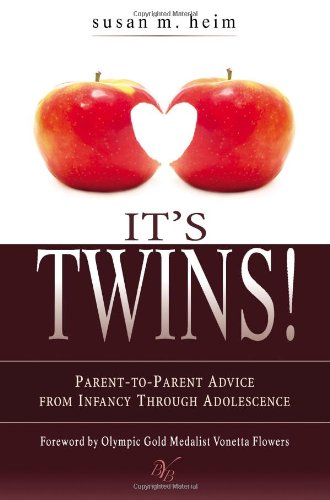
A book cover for It's Twins!: Parent-to-Parent Advice from Infancy through Adolescence; Susan Heim; Parenting & Relationships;